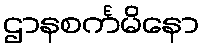
ဌာနစင်္ကမိနော